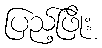
ပြည့်ဖြိုး